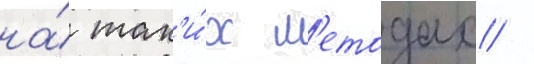
на́ так'и́х м'етодах /